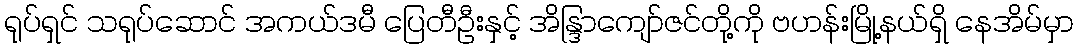
ရုပ်ရှင် သရုပ်ဆောင် အကယ်ဒမီ ပြေတီဦးနှင့် အိန္ဒြာကျော်ဇင်တို့ကို ဗဟန်းမြို့နယ်ရှိ နေအိမ်မှာ